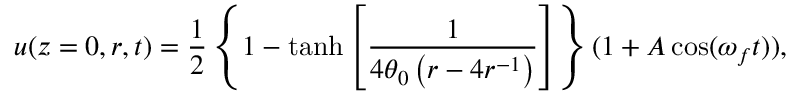
u ( z = 0 , r , t ) = \frac { 1 } { 2 } \left\{ 1 - \operatorname { t a n h } \left[ \frac { 1 } { 4 \theta _ { 0 } \left( r - 4 r ^ { - 1 } \right) } \right] \right\} ( 1 + A \cos ( \omega _ { f } t ) ) ,